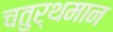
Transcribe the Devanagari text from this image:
चतुर्थमान